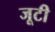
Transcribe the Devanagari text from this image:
जूटी